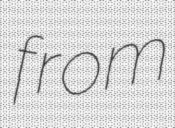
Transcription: from